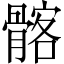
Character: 髂